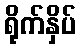
ရိုက်နှိပ်